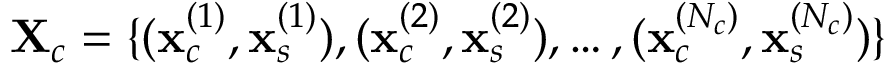
{ \bf X } _ { c } = \{ ( { \bf x } _ { c } ^ { ( 1 ) } , { \bf x } _ { s } ^ { ( 1 ) } ) , ( { \bf x } _ { c } ^ { ( 2 ) } , { \bf x } _ { s } ^ { ( 2 ) } ) , \dots , ( { \bf x } _ { c } ^ { ( N _ { c } ) } , { \bf x } _ { s } ^ { ( N _ { c } ) } ) \}